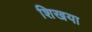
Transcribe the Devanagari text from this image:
शिखया